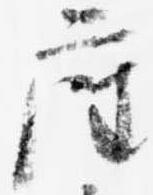
座